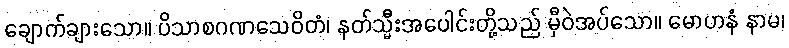
ချောက်ချားသော။ ပိသာစဂဏသေဝိတံ၊ နတ်သ္မီးအပေါင်းတို့သည် မှီဝဲအပ်သော။ မောဟနံ နာမ၊